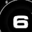
Digit: 6